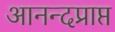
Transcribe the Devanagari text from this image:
आनन्दप्राप्त